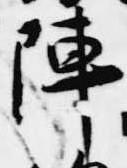
陣